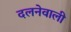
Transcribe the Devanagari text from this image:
दलनेवाली